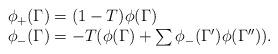
LaTeX: \begin{align*}\begin{array}{l}\phi_+(\Gamma)= (1-T) \phi(\Gamma) \\\phi_-(\Gamma) =-T (\phi(\Gamma) + \sum \phi_-(\Gamma') \phi(\Gamma'')) .\end{array}\end{align*}